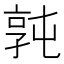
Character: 㝄